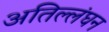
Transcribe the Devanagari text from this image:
अतिल्लंघन